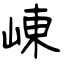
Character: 崠